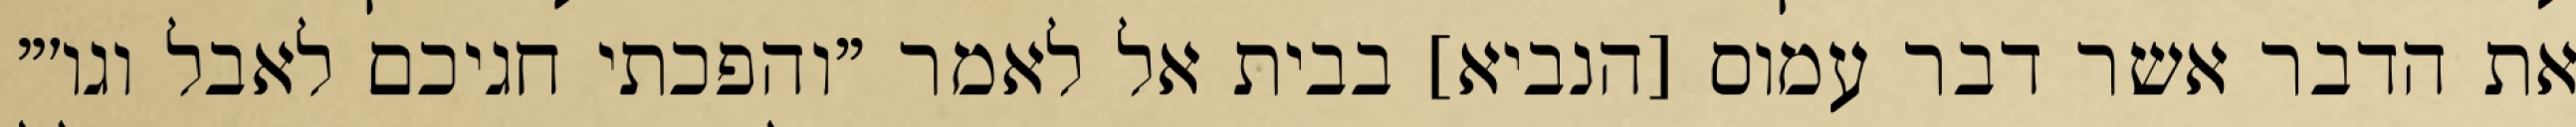
את הדבר אשר דבר עמוס [הנביא] בבית אל לאמר "והפכתי חגיכם לאבל וגו׳"